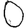
Digit: 0